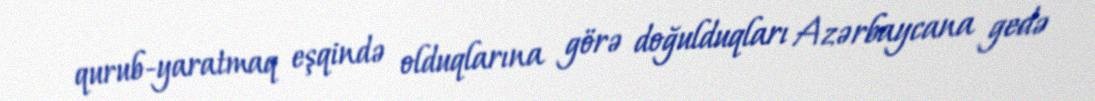
qurub-yaratmaq eşqində olduqlarına görə doğulduqları Azərbaycana gedə